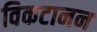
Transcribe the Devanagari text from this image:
विकटानन